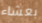
بعشاء